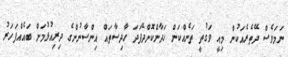
ނަމަވެސް ދޭތެރެއަކުން މިއީ ވަގުތީ ތަނެއްކަން ހަދާންކޮށްދޭފަދަ ހާދިސާތައް އިންސާނުންގެ ދިރިއުޅުމަށް ބައެއްފަހަރު